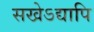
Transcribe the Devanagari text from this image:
सखेऽद्यापि